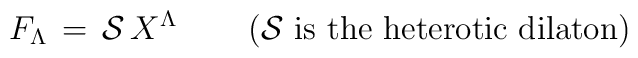
F_\Lambda \, = \, {\cal S} \, X^\Lambda \quad \quad \left(\mbox{${\cal S}$ is the heterotic dilaton}\right)